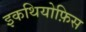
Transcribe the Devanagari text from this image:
इकथियोफ़िस